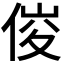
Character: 𠊂